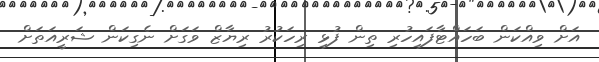
އަށް ވިއްކަން ބަހައްޓާފައިހުރި ތިން ފުޅި ރިހަކުރު ރިޔާޒް ވަގަށް ނެގިކަން ޝަރީއަތަށް